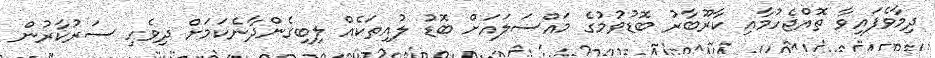
ދިމާވެފައިވާ ތޮއްޖެހުމާއި ކާރޫބާރު ބޮޑުވުމުގެ މައްސަލައަށް ބޮޑު ލުއިތަކެއް ލިބިގެންދާނެކަމަށް ދިވެހި ސަރުކާރުން